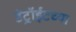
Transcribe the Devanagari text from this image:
डेट्रॉईटच्या